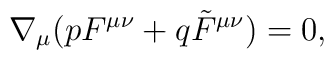
\nabla _{\mu}(pF^{\mu \nu} + q\tilde F^{\mu \nu}) = 0,